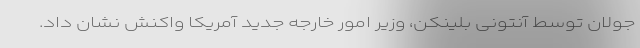
جولان توسط آنتونی بلینکن، وزیر امور خارجه جدید آمریکا واکنش نشان داد.